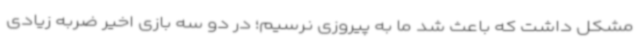
مشکل داشت که باعث شد ما به پیروزی نرسیم؛ در دو سه بازی اخیر ضربه زیادی